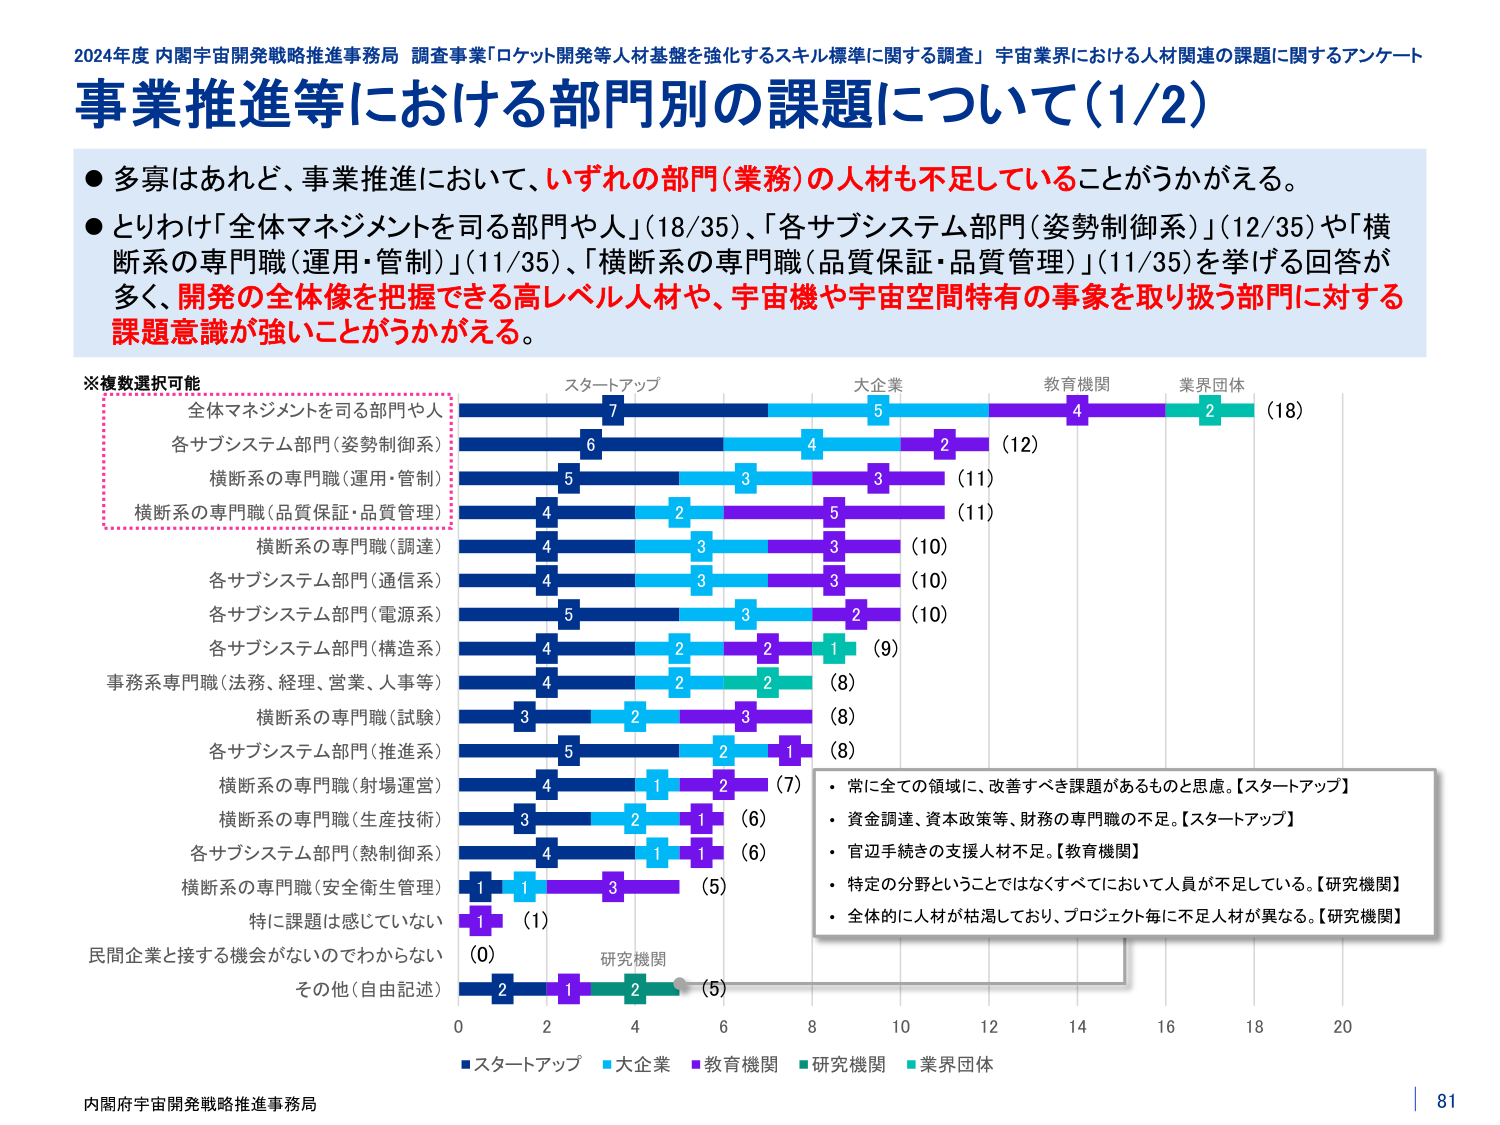
2024年度 内閣宇宙開発戦略推進事務局 調査事業「ロケット開発等人材基盤を強化するスキル標準に関する調査」 宇宙業界における人材関連の課題に関するアンケート
事業推進等における部門別の課題について（1/2）

● 多寡はあれど、事業推進において、いずれの部門（業務）の人材も不足していることがうかがえる。
● とりわけ「全体マネジメントを司る部門や人」（18/35）、「各サブシステム部門（姿勢制御系）」（12/35）や「横断系の専門職（運用・管制）」（11/35）、「横断系の専門職（品質保証・品質管理）」（11/35）を挙げる回答が多く、開発の全体像を把握できる高レベル人材や、宇宙機や宇宙空間特有の事象を取り扱う部門に対する課題意識が強いことがうかがえる。

※複数選択可能
全体マネジメントを司る部門や人
各サブシステム部門（姿勢制御系）
横断系の専門職（運用・管制）
横断系の専門職（品質保証・品質管理）
横断系の専門職（調達）
各サブシステム部門（通信系）
各サブシステム部門（電源系）
各サブシステム部門（構造系）
事務系専門職（法務、経理、営業、人事等）
横断系の専門職（試験）
各サブシステム部門（推進系）
横断系の専門職（射場運営）
横断系の専門職（生産技術）
各サブシステム部門（熱制御系）
横断系の専門職（安全衛生管理）
特に課題は感じていない
民間企業と接する機会がないのでわからない
その他（自由記述）

スタートアップ　大企業　教育機関　業界団体
7　5　4　2　（18）
6　4　2　（12）
5　3　3　（11）
4　2　5　（11）
4　3　3　（10）
4　3　3　（10）
5　3　2　（10）
4　2　2　1　（9）
4　2　2　（8）
3　2　3　（8）
5　2　1　（8）
4　1　2　（7）
3　2　1　（6）
4　1　1　（6）
1　1　3　（5）
1　（1）
（0）
2　1　2　（5）

・常に全ての領域に、改善すべき課題があるものと思慮。【スタートアップ】
・資金調達、資本政策等、財務の専門職の不足。【スタートアップ】
・官辺手続きの支援人材不足。【教育機関】
・特定の分野ということではなくすべてにおいて人員が不足している。【研究機関】
・全体的に人材が枯渇しており、プロジェクト毎に不足人材が異なる。【研究機関】

■スタートアップ　■大企業　■教育機関　■研究機関　■業界団体

内閣府宇宙開発戦略推進事務局
81